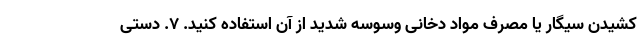
کشیدن سیگار یا مصرف مواد دخانی وسوسه شدید از آن استفاده کنید. ۷. دستی